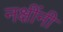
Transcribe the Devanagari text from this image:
नक्षींनी